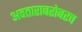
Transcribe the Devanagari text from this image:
अवताराबरोबरच